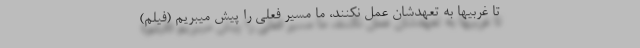
تا غربیها به تعهدشان عمل نکنند، ما مسیر فعلی را پیش میبریم (فیلم)